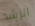
الرشد